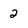
Character: 2